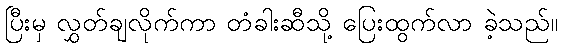
ပြီးမှ လွှတ်ချလိုက်ကာ တံခါးဆီသို့ ပြေးထွက်လာ ခဲ့သည်။